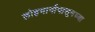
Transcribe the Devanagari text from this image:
लोहमार्गापासूनच्या